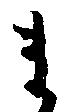
ま